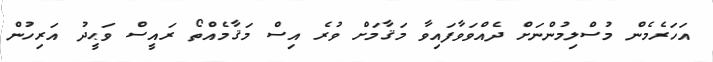
އަހަރެމެން މުސްލިމުންނަށް ދެއްވަވާފައިވާ މަޤާމަށް ވުރެ އިސް މަޤާމެއްތޯ ރައީސް ވަޙީދު އަރިހުން